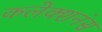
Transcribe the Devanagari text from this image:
कलेक्शनंस